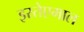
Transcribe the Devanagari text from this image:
इस्तेएमाल